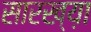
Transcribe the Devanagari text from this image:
सारख्य़ा